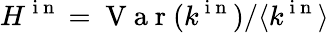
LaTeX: H^{\mathrm{~i~n~}}=\mathrm{~V~a~r~}(k^{\mathrm{~i~n~}})/\langle k^{\mathrm{~i~n~}}\rangle